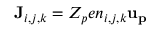
{ \bf { J } } _ { i , j , k } = Z _ { p } e n _ { i , j , k } { \bf { u _ { p } } }